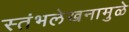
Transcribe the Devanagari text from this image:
स्तंभलेखनामुळे